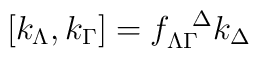
[k_\Lambda, k_\Gamma]= f_{\Lambda \Gamma}^{\ \ \Delta} k_\Delta